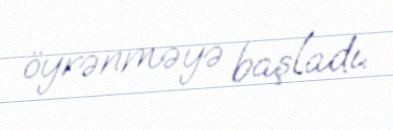
öyrənməyə başladı.